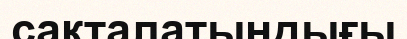
сақталатындығы